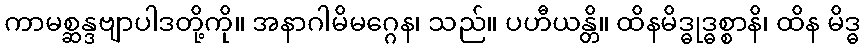
ကာမစ္ဆန္ဒဗျာပါဒတို့ကို။ အနာဂါမိမဂ္ဂေန၊ သည်။ ပဟီယန္တိ။ ထိနမိဒ္ဓုဒ္ဓစ္စာနိ၊ ထိန မိဒ္ဓ